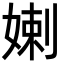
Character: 𡞸